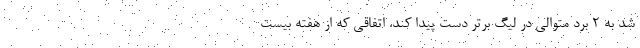
شد به ۲ برد متوالی در لیگ برتر دست پیدا کند. اتفاقی که از هفته بیست